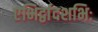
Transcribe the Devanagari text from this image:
एभिर्द्वादशभिः